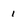
Character: I